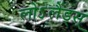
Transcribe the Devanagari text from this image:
लोऽलैंड्स्